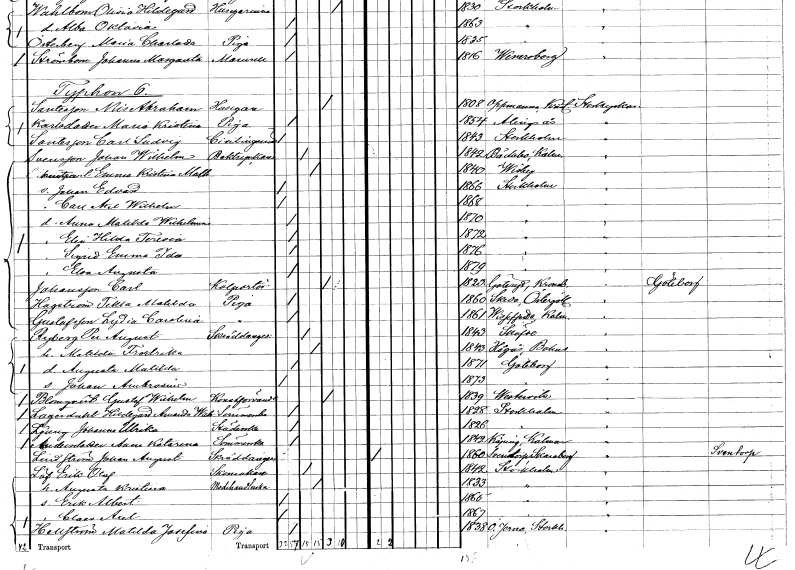
gt_parse: households: individuals: FN: Johan Wilhelm
EN: Svensson
YRKE: Boktryckare
KON: M
CIV: G
FODAR: 1842
FODFORS: Bäckebo Kalmar län
FN: Emma Kristina Mathilda
KON: K
CIV: G
FODAR: 1840
FODFORS: Visby Gotlands län
FN: Johan Edvard
KON: M
CIV: O
FODAR: 1866
FODFORS: Stockholm
FN: Carl Axel Wilhelm
KON: M
CIV: O
FODAR: 1868
FODFORS: Stockholm
FN: Anna Matilda Wilhelmina
KON: K
CIV: O
FODAR: 1870
FODFORS: Stockholm
FN: Elin Hilda Teresia
KON: K
CIV: O
FODAR: 1872
FODFORS: Stockholm
FN: Sigrid Emma Ida
KON: K
CIV: O
FODAR: 1876
FODFORS: Stockholm
FN: Elsa Augusta
KON: K
CIV: O
FODAR: 1879
FODFORS: Stockholm
FN: Carl
EN: Johansson
YRKE: Kolportör
KON: M
CIV: O
FODAR: 1823
FODFORS: Göteryd Kronobergs län
FN: Tekla Matilda
EN: Hagström
YRKE: Piga
KON: K
CIV: O
FODAR: 1860
FODFORS: Skeda Östergötlands län
FN: Lydia Carolina
EN: Gustafsson
YRKE: Piga
KON: K
CIV: O
FODAR: 1861
FODFORS: Vissefjärda Kalmar län
FN: Per August
EN: Ryberg
YRKE: Skräddaregesäll
KON: M
CIV: G
FODAR: 1843
FODFORS: Skövde Skaraborgs län
FN: Matilda Fredrika
KON: K
CIV: G
FODAR: 1843
FODFORS: Högås Göteborgs- och Bohuslän
FN: Augusta Matilda
KON: K
CIV: O
FODAR: 1871
FODFORS: Göteborg Göteborgs- och Bohuslän
FN: Johan Ambrosius
KON: M
CIV: O
FODAR: 1873
FODFORS: Göteborg Göteborgs- och Bohuslän
FN: Gustaf Wilhelm
EN: Blomqvist
YRKE: Konstförvandt
KON: M
CIV: E
FODAR: 1839
FODFORS: Västervik Kalmar län
FN: Hildegard Amanda Wilhelmina
EN: Lagerdahl
YRKE: Sömmerska
KON: K
CIV: O
FODAR: 1828
FODFORS: Stockholm
FN: Johanna Ulrika
EN: Ljung
YRKE: Städerska
KON: K
CIV: O
FODAR: 1826
FODFORS: Stockholm
FN: Anna Katarina
EN: Andersdotter
YRKE: Sömmerska
KON: K
CIV: O
FODAR: 1842
FODFORS: Köping Kalmar län
FN: Johan August
EN: Lindström
YRKE: Skräddaregesäll
KON: M
CIV: O
FODAR: 1860
FODFORS: Sventorp Skaraborgs län
FN: Erik Olof
EN: Löf
YRKE: Skomakare
KON: M
CIV: G
FODAR: 1842
FODFORS: Stockholm
FN: Augusta Kristina
YRKE: Modehandlerska
KON: K
CIV: G
FODAR: 1833
FODFORS: Stockholm
FN: Erik Albert
KON: M
CIV: O
FODAR: 1865
FODFORS: Stockholm
FN: Claes Axel
KON: M
CIV: O
FODAR: 1867
FODFORS: Stockholm
FN: Matilda Josefina
EN: Hellström
YRKE: Piga
KON: K
CIV: O
FODAR: 1838
FODFORS: Överjärna Stockholms län